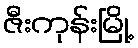
ဇီးကုန်းမြို့